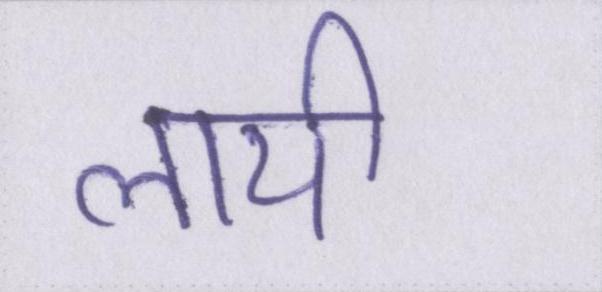
लायी